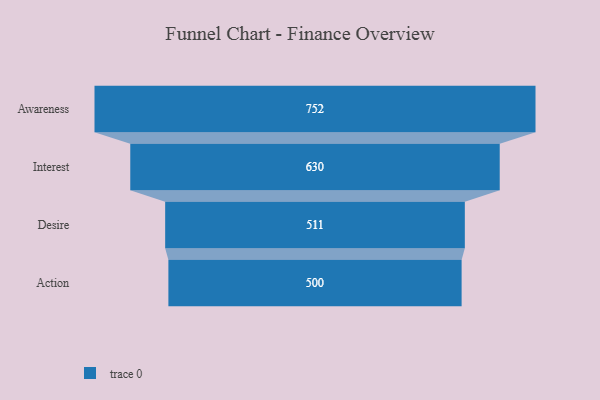
{"axis": {"x": "Stage", "y": "Value"}, "legend": [""], "data": [{"x": "Awareness", "y": 752.0, "type": ""}, {"x": "Interest", "y": 630.0, "type": ""}, {"x": "Desire", "y": 511.0, "type": ""}, {"x": "Action", "y": 500, "type": ""}]}